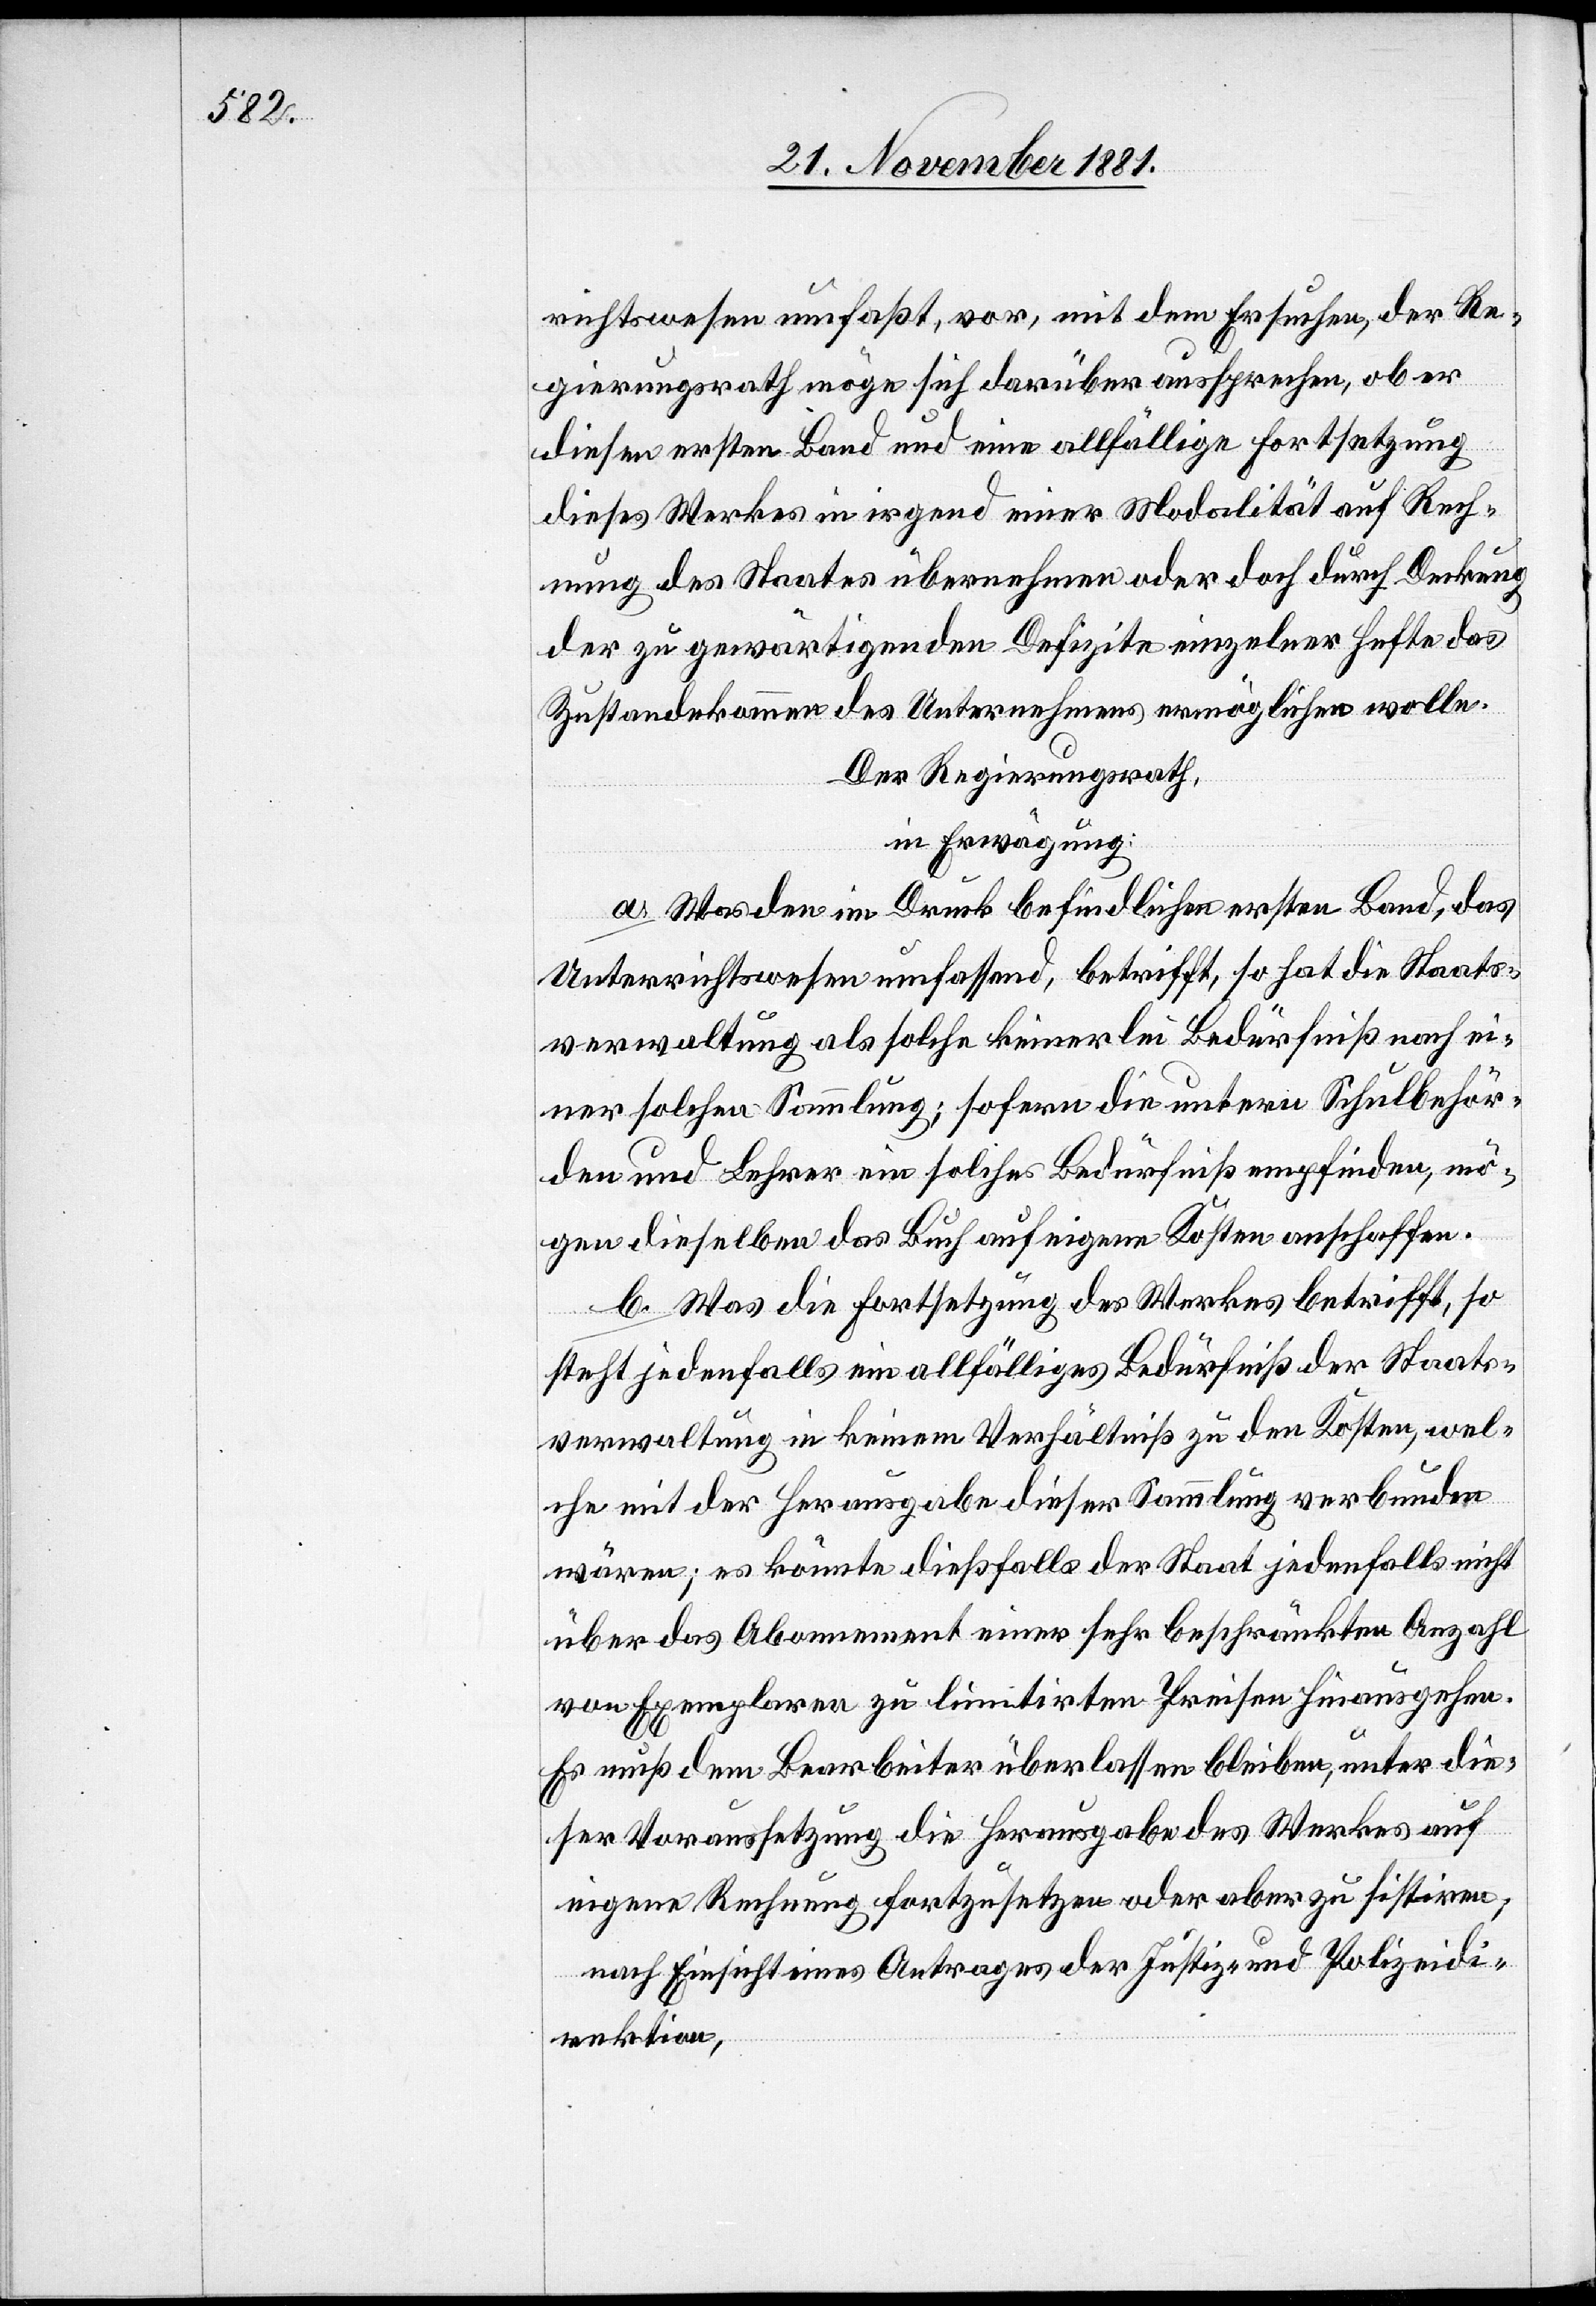
richtswesen umfaßt, vor, mit dem Ersuchen, der Re¬
gierungsrath möge sich darüber aussprechen, ob er
diesen ersten Band und eine allfällige Fortsetzung
dieses Werkes in irgend einer Modalität auf Rech¬
nung des Staates übernehmen oder doch durch Deckung
der zu gewärtigenden Defizite einzelner Hefte das
Zustandekommen des Unternehmens ermöglichen wolle.
Der Regierungsrath,
in Erwägung:
a. Was den im Druck befindlichen ersten Band, das
Unterrichtswesen umfassend, betrifft, so hat die Staats¬
verwaltung als solche keinerlei Bedürfniß nach ei¬
ner solchen Sammlung; sofern die untern Schulbehör¬
den und Lehrer ein solches Bedürfniß empfinden, mö¬
gen dieselben das Buch auf eigene Kosten anschaffen.
b. Was die Fortsetzung des Werkes betrifft, so
steht jedenfalls ein allfälliges Bedürfniß der Staats¬
verwaltung in keinem Verhältniß zu den Kosten, wel¬
che mit der Herausgabe dieser Sammlung verbunden
wären; es könnte dießfalls der Staat jedenfalls nicht
über das Abonnement einer sehr beschränkten Anzahl
von Exemplaren zu limitirten Preisen hinausgehen.
Es muß dem Bearbeiter überlassen bleiben, unter die¬
ser Voraussetzung die Herausgabe des Werkes auf
eigene Rechnung fortzusetzen oder aber zu sistiren;
nach Einsicht eines Antrages der Justiz- & Polizeidi¬
rektion,